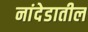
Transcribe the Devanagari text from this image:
नांदेडातील